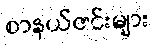
စာနယ်ဇင်းများ